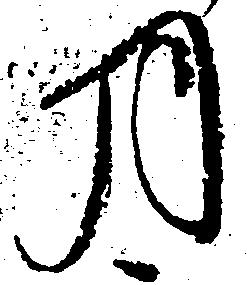
月